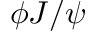
\phi J / \psi